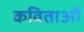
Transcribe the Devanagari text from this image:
कविताओंं